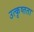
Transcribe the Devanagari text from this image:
उत्कृष्तता